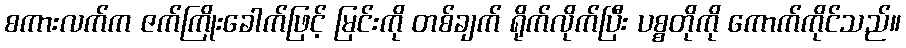
စကားလက်က ဇက်ကြိုးခေါက်ဖြင့် မြင်းကို တစ်ချက် ရိုက်လိုက်ပြီး ပစ္စတိုကို ကောက်ကိုင်သည်။